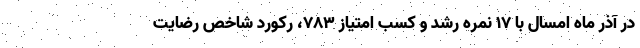
در آذر ماه امسال با ۱۷ نمره رشد و کسب امتیاز ۷۸۳، رکورد شاخص رضایت